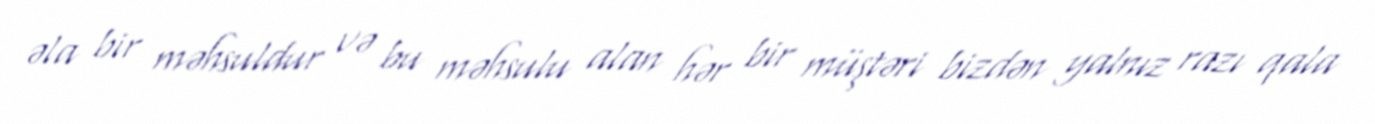
əla bir məhsuldur və bu məhsulu alan hər bir müştəri bizdən yalnız razı qala